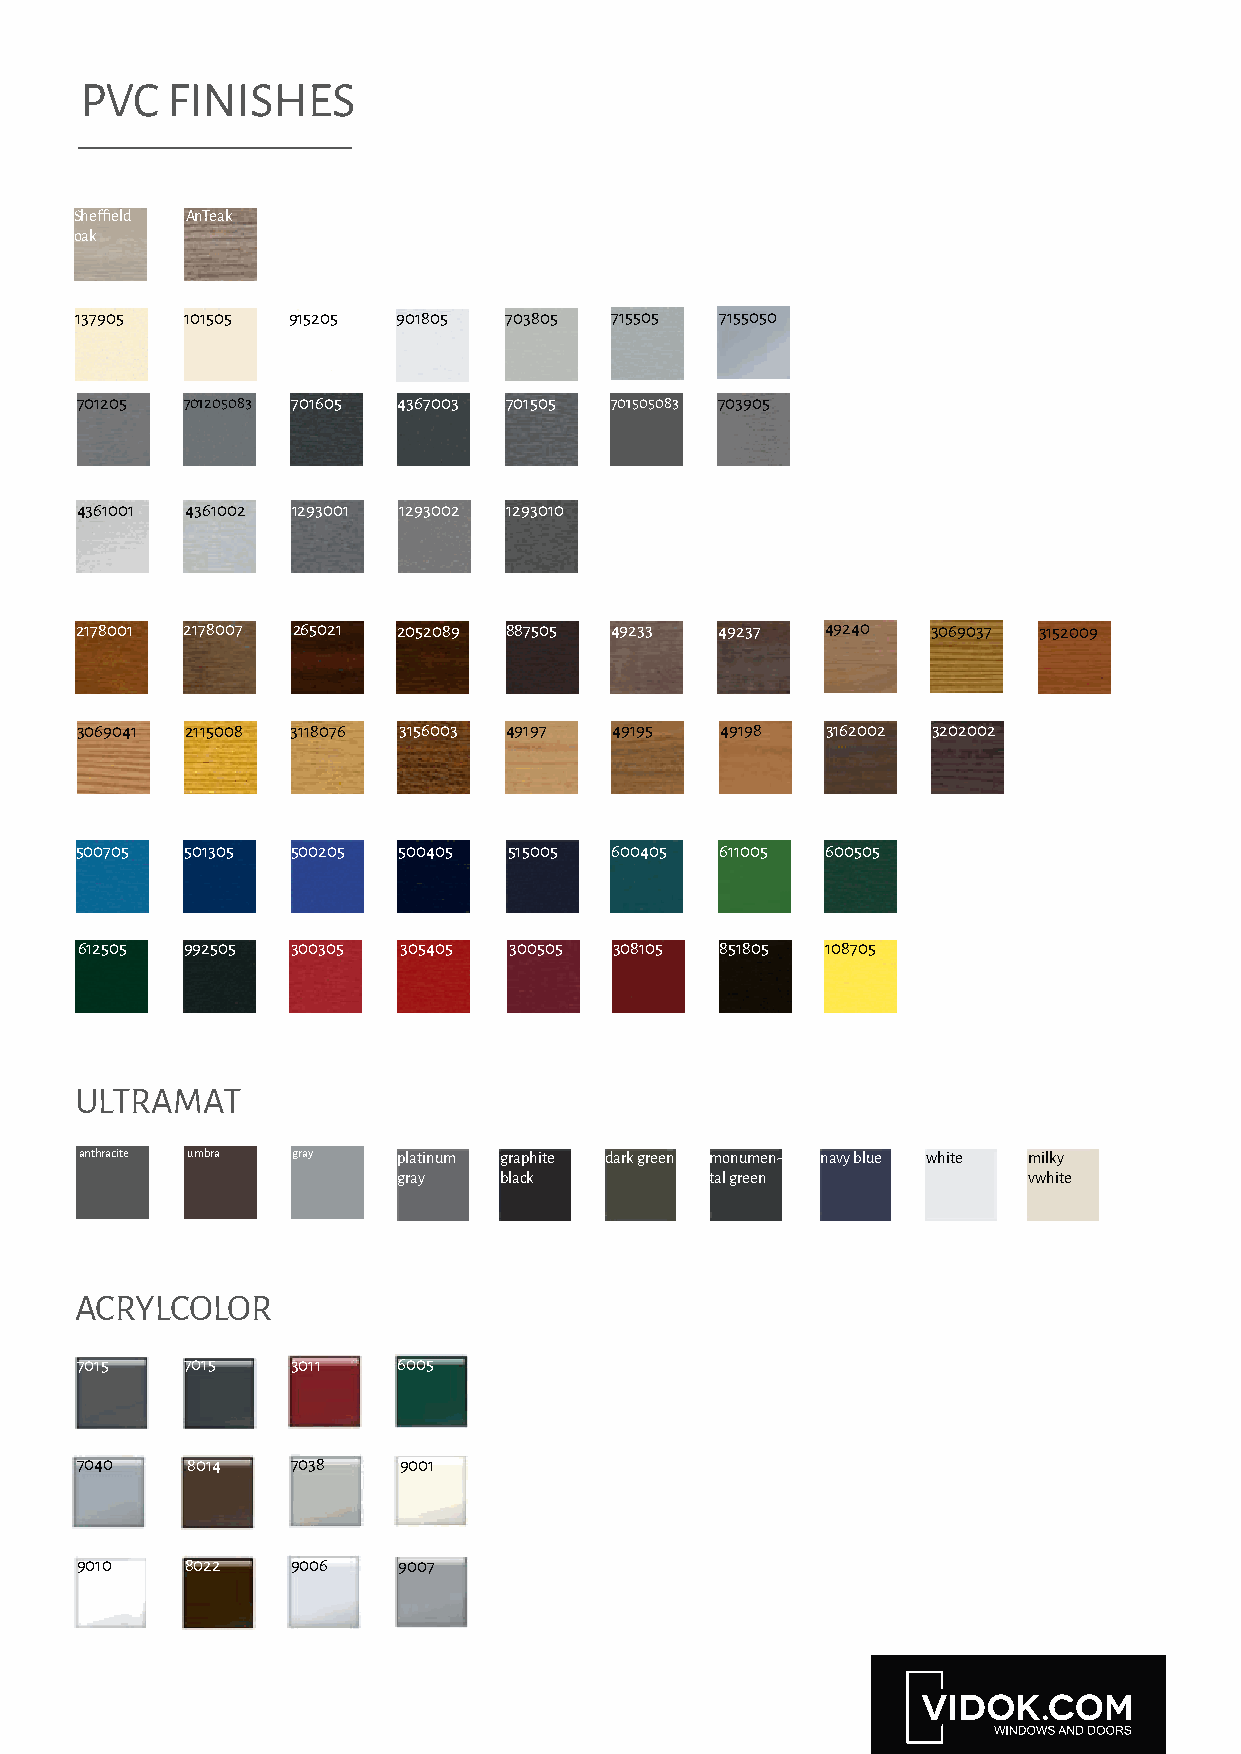
PVC   FINISHES
 Sheffield AnTeak
 oak
 137905 101505 915205 901805 703805 715505  7155050
 701205 701205083 701605 4367003 701505 701505083 703905
 4361001 4361002 1293001 1293002 1293010
 2178001 2178007 265021 2052089 887505 49233 49237 49240  3069037 3152009
 3069041 2115008 3118076 3156003 49197 49195 49198 3162002 3202002
 500705 501305 500205 500405  515005 600405 611005 600505
 612505 992505 300305 305405  300505 308105 851805 108705
 ULTRAMAT
 anthracite umbra gray platinum graphite dark green monumen- navy blue white milky
 gray   black         tal green            vwhite
 ACRYLCOLOR
 7015   7015   3011   6005
 7040   8014   7038   9001
 9010   8022   9006   9007